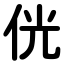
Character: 侊